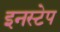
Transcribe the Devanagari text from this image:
इनस्टेप